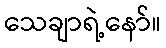
သေချာရဲ့နော်။